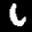
Label: 6